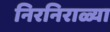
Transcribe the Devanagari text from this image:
निरनिराळ्या